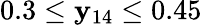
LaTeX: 0.3\leq\mathbf{y}_{14}\leq0.45